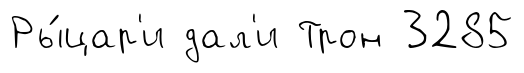
Ры́цар'и дал'и Трон 3285